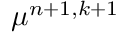
\mu ^ { n + 1 , k + 1 }